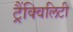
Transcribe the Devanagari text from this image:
ट्रैंक्विलिटी